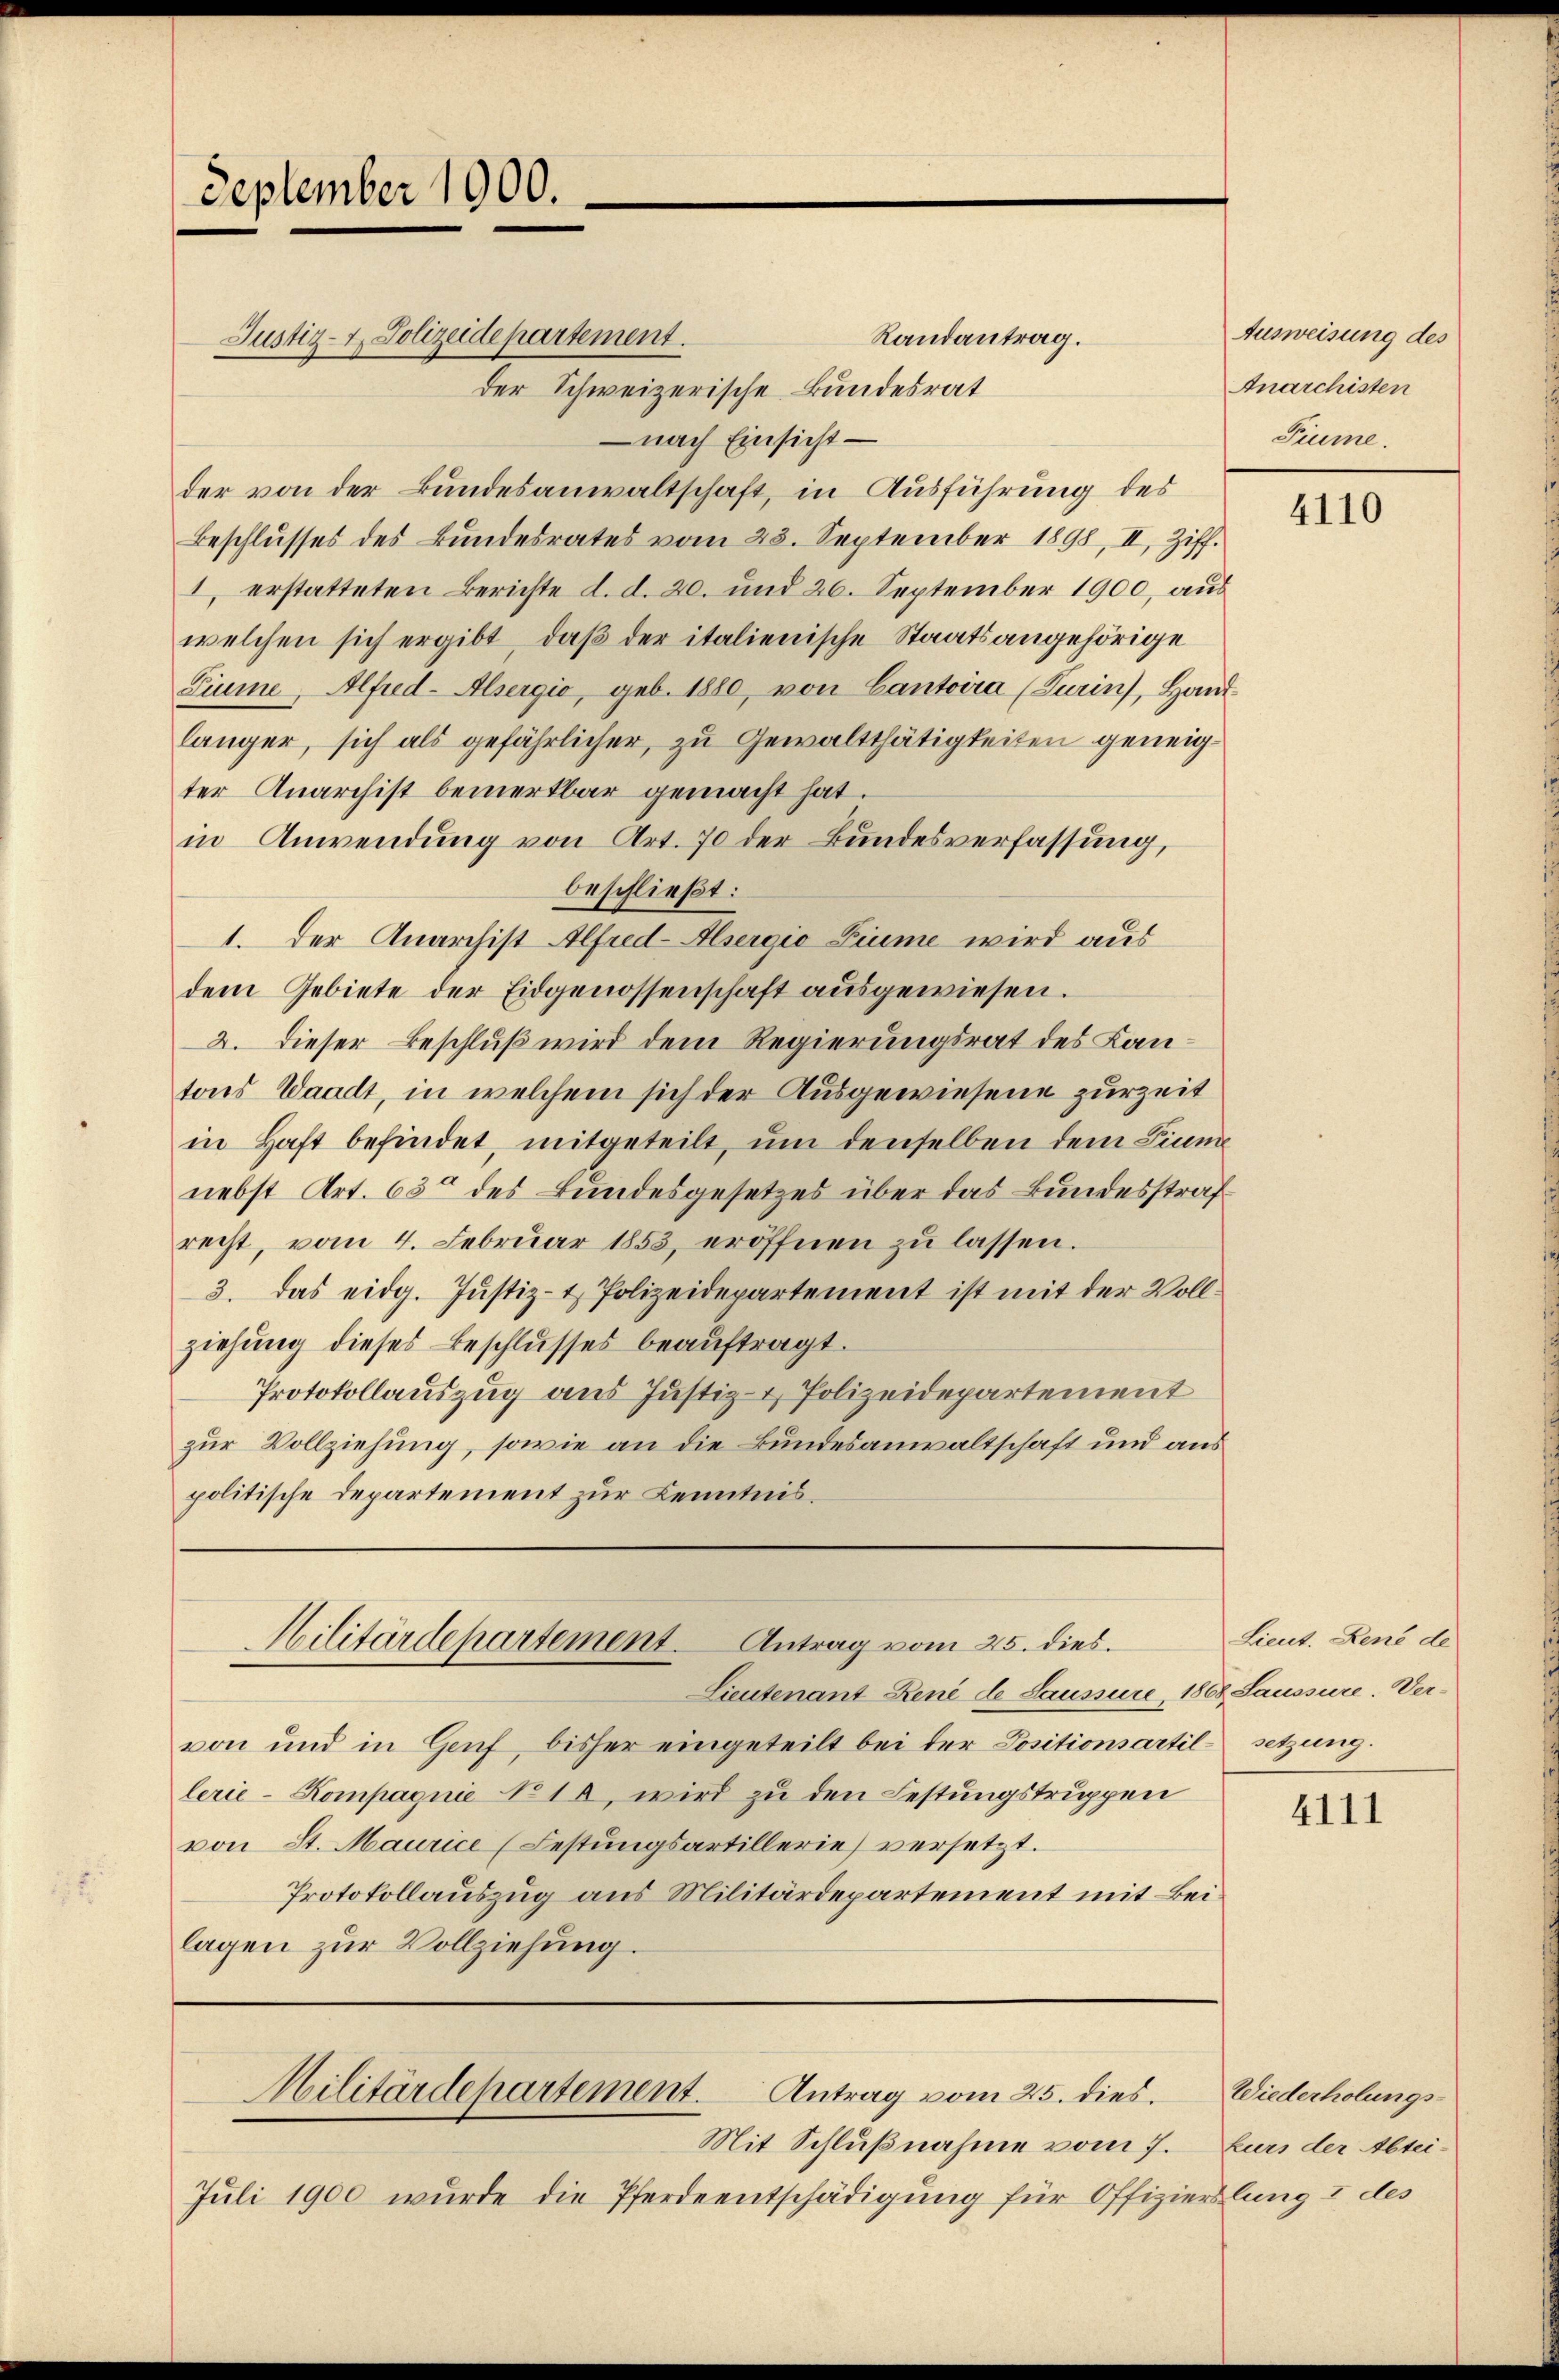
September 1900.

Justiz- & Polizeidepartement.

Hilitärdepartement. Antrag vom 25. dies.

Randantrag.
der Schweizerische Bundesrat
 nach Einsicht —
der von der Bundesanwaltschaft, in Ausführung des
Beschlusses des Bundesrates vom 23. September 1898, II, Ziff.
1. erstatteten Berichte d. d. 20. und 26. September 1900, aus
welchen sich ergibt, daß der italienische Staatsangehörige
Liume, Alfred-Alsergio, geb. 1880, von Cantoira (Turin), Hand
länger, sich als gefährlicher, zu Gewaltthätigkeiten geneigter Anarchist bemerkbar gemacht hat.
in Anwendung von Art. 70 der Bundesverfassung,
beschließt:
1. Der Anarchist Alfred-Asergio Liume wird aus
dem Gebiete der Eidgenossenschaft ausgewiesen.
2. Dieser Beschluß wird dem Regierungsrat des Kantons Waadt, in welchem sich der Ausgewiesene zurzeit
in Haft befindet, mitgeteilt, um denselben dem Fiume
nebst Art. 63 des Bundesgesetzes über das Bundesstraf
recht, vom 4. Februar 1853, eröffnen zu lassen.
3. das eidg. Justiz- & Polizeidepartement ist mit der Vollziehung dieses Beschlusses beaŭftragt.
Protokollauszug aus Justiz- & Polizeidepartement
zur Vollziehung, sowie an die Bundesanwaltschaft und aus
politische Departement zur Kenntnis.

Lieutenant René de Laussure 1868 Saussure. Ver-
von und in Genf, bisher eingeteilt bei der Positionsartil setzung.
lerie- Kompagnie No 12, wird zu den Festungstruppen
von St. Maurice (Festungsartillerie) versetzt.
Protokollauszug aus Militärdepartement mit Beilagen zur Vollziehung.

Militärdepartement. Antrag vom 25. dies.

Mit Schlußnahme vom 7.
Juli 1900 wurde die Pferdeentschädigung für Offizierslung I des

Ausweisung des
Anarchisten
Fiume

4110

Lieut. René de

4111

Wiederholungs-
kurs der Abtei¬